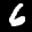
Label: 6